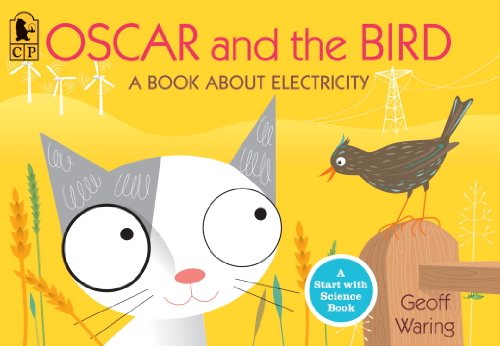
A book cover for Oscar and the Bird: A Book about Electricity (Start with Science); Geoff Waring; Children's Books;